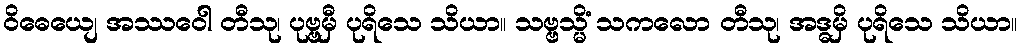
ဝိဓေယျေ အဿဝေါ တီသု၊ ပုဗ္ဗမှီ ပုရိသေ သိယာ။ သဗ္ဗသ္မိံ သကလော တီသု၊ အဒ္ဓမှိ ပုရိသေ သိယာ။